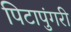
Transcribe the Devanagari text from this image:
पिटापुंगरी